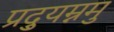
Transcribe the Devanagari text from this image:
प्रद्युम्नमु